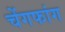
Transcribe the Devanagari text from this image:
चेंगफांग